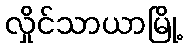
လှိုင်သာယာမြို့